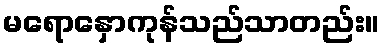
မရောနှောကုန်သည်သာတည်း။